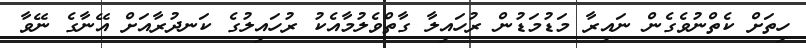
ހިތަށް ކެތްނުވެގެން ނައިރާ މަޑުމަޑުން ރުހައިލާ ގާތްވެލުމާއެކު ރުހައިލުގެ ކަނދުރާއަށް އޭނާގެ ނޭވާ